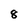
Character: 8